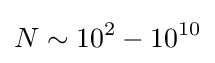
N\sim 10^{2}-10^{10}